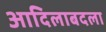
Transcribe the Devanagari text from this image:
आदिलाबदला